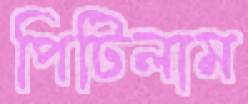
পিটিলাম